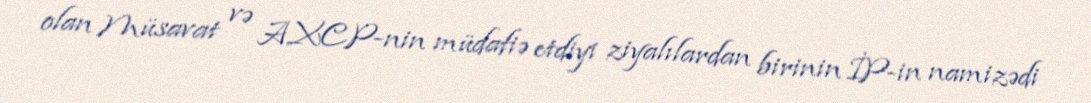
olan Müsavat və AXCP-nin müdafiə etdiyi ziyalılardan birinin İP-in namizədi